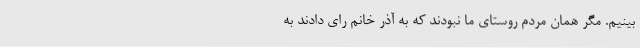
بینیم. مگر همان مردم روستای ما نبودند که به آذر خانم رای دادند به